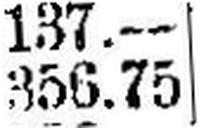
356.75